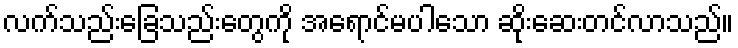
လက်သည်းခြေသည်းတွေကို အရောင်မပါသော ဆိုးဆေးတင်လာသည်။